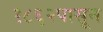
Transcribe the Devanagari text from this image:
१८६२पासून